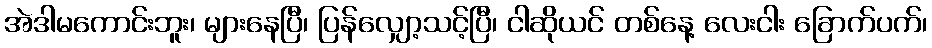
အဲဒါမကောင်းဘူး၊ များနေပြီ၊ ပြန်လျှော့သင့်ပြီ၊ ငါဆိုယင် တစ်နေ့ လေးငါး ခြောက်ပက်၊